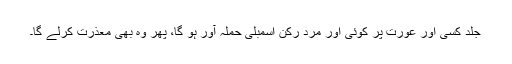
جلد کسی اور عورت پر کوئی اور مرد رکن اسمبلی حملہ آور ہو گا، پھر وہ بھی معذرت کرلے گا۔